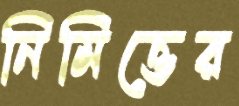
নিমিত্তের